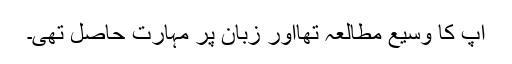
آپ کا وسیع مطالعہ تھااور زبان پر مہارت حاصل تھی۔